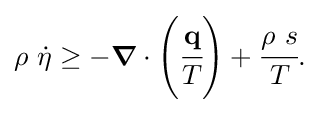
{\rho ~{\dot {\eta }}\geq -{\boldsymbol {\nabla }}\cdot \left({\cfrac {\mathbf {q} }{T}}\right)+{\cfrac {\rho ~s}{T}}.}